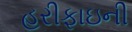
હરીફાઇની